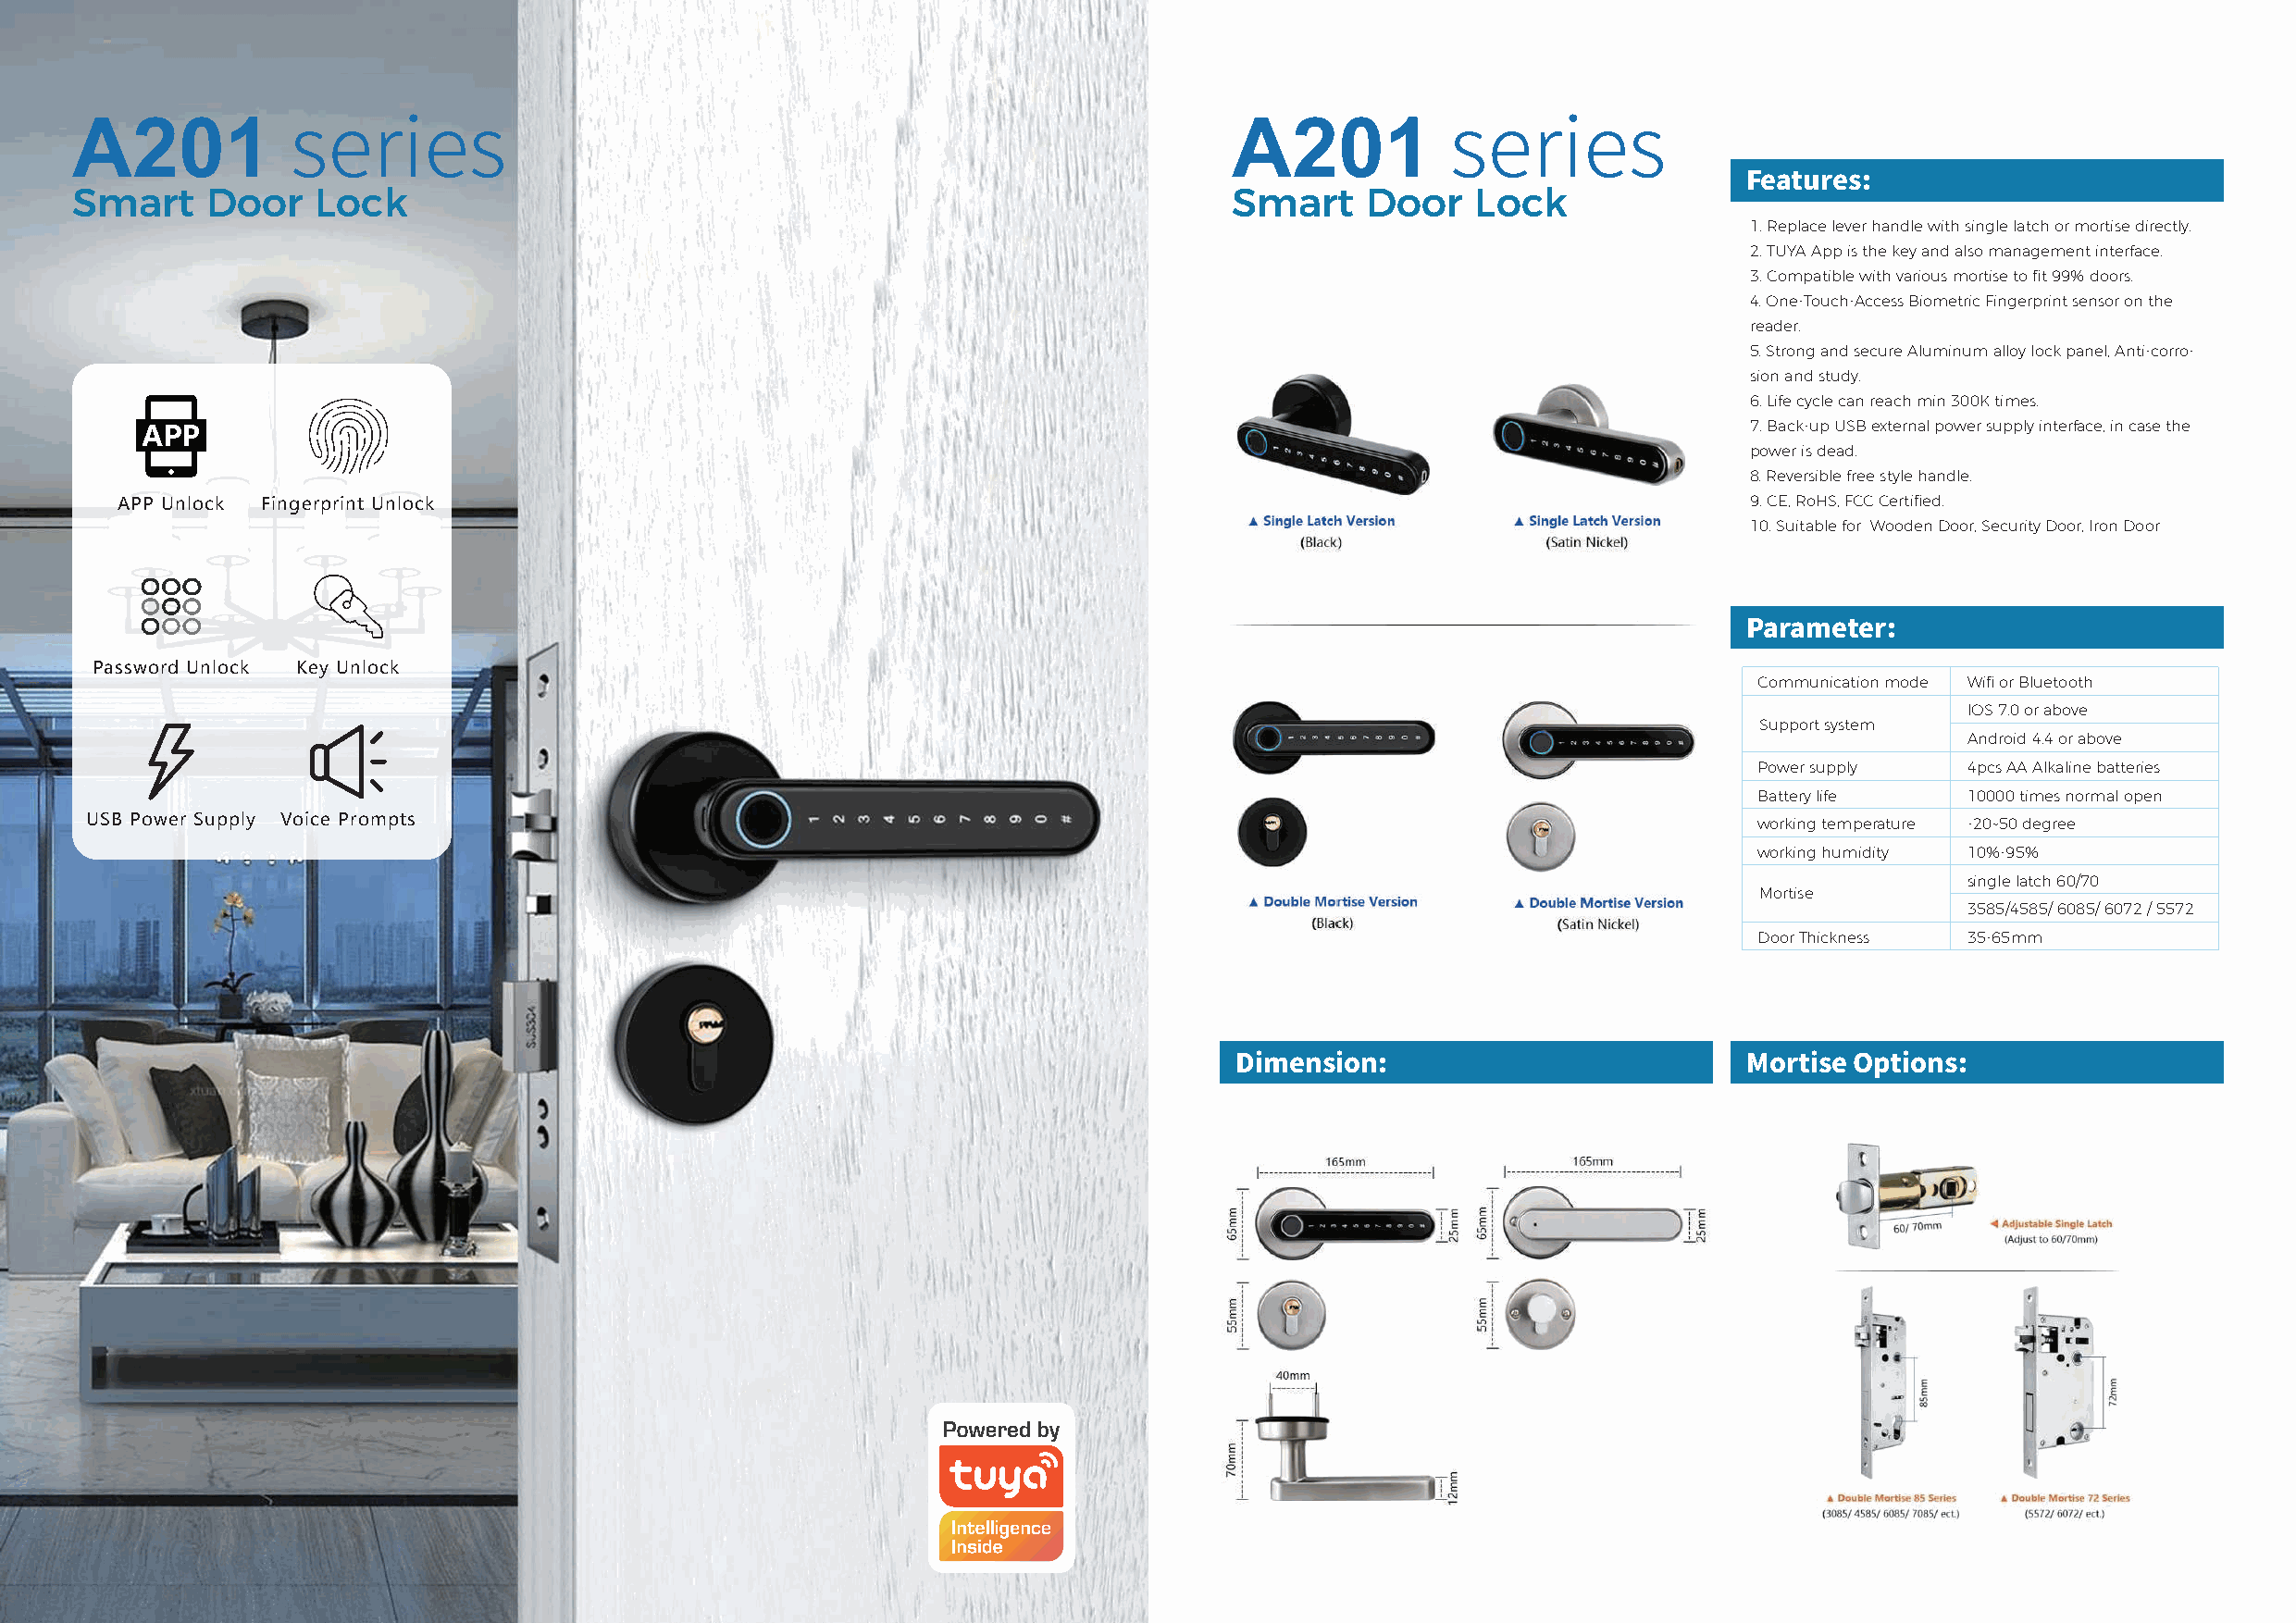
A201                                                                               A201
 series                                                                             series
 Smart     Door    Lock                                                             Smart     Door   Lock                Features:
 1. Replace lever handle with single latch or mortise directly.
 2. TUYA App is the key and also management interface.
 3. Compatible with various mortise to fit 99% doors.
 4. One-Touch-Access Biometric Fingerprint sensor on the
 reader.
 5. Strong and secure Aluminum alloy lock panel, Anti-corro-
 sion and study.
 6. Life cycle can reach min 300K times.
 7. Back-up USB external power supply interface, in case the
 power is dead.
 8. Reversible free style handle.
 APP Unlock Fingerprint Unlock                                                                                        9. CE, RoHS, FCC Certified.
 10. Suitable for Wooden Door, Security Door, Iron Door
 Parameter:
 Password Unlock Key Unlock
 Communication mode Wifi or Bluetooth
 IOS 7.0 or above
 Support system
 Android 4.4 or above
 Power supply   4pcs AA Alkaline batteries
 Battery life   10000 times normal open
 USB Power Supply Voice Prompts                                                                                          working temperature -20~50 degree
 working humidity 10%-95%
 single latch 60/70
 Mortise
 3585/4585/ 6085/ 6072 / 5572
 Door Thickness 35-65mm
 Dimension:                           Mortise Options: